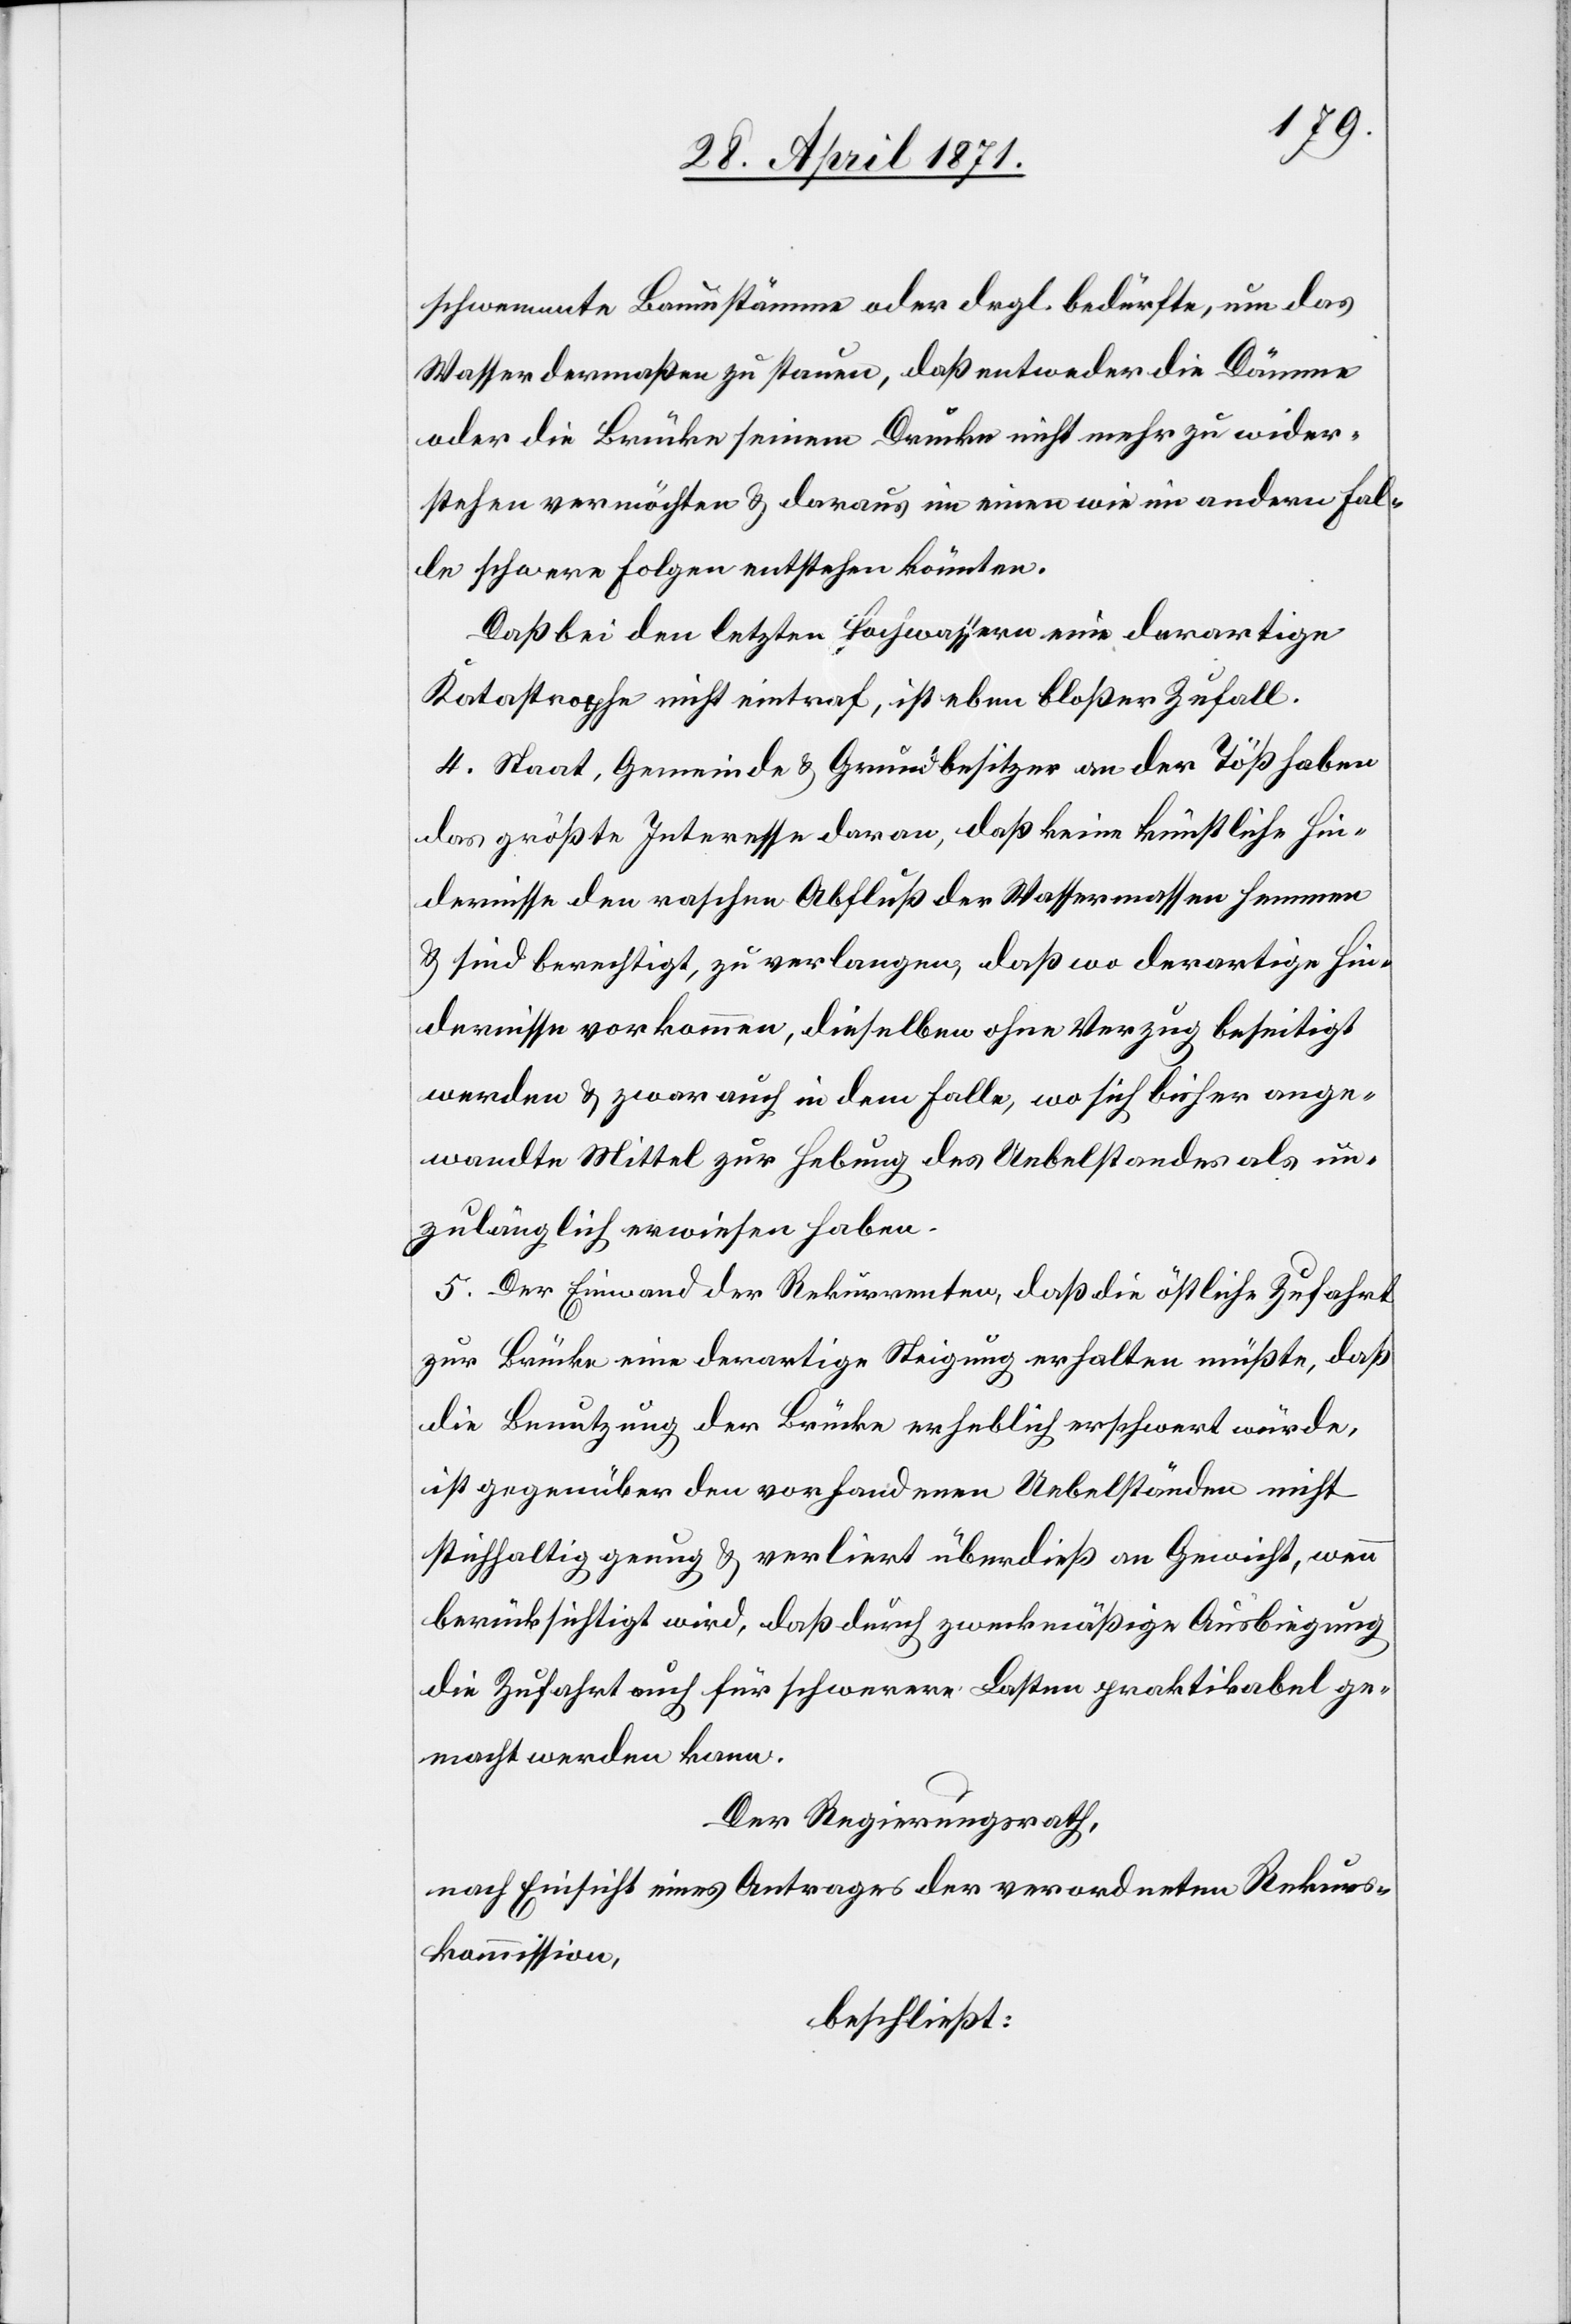
schwemmte Baumstämme oder drgl. bedürfte, um das
Wasser dermaßen zu stauen, daß entweder die Dämme
oder die Brücke seinem Drucke nicht mehr zu wider¬
stehen vermöchten u. daraus im einen wie im andern Fal¬
le schwere Folgen entstehen könnten.
Daß bei den letzten Hochwassern eine derartige
Katastrophe nicht eintraf, ist eben bloßer Zufall.
4. Staat, Gemeinde u. Grundbesitzer an der Töß haben
das größte Interesse daran, daß keine künstliche Hin¬
dernisse den raschen Abfluß der Wassermassen hemmen
u. sind berechtigt, zu verlangen, daß wo derartige Hin¬
dernisse vorkommen, dieselben ohne Verzug beseitigt
werden u. zwar auch in dem Falle, wo sich bisher ange¬
wandte Mittel zur Hebung des Uebelstandes als un¬
zulänglich erwiesen haben.
5. Der Einwand der Rekurrenten, daß die östliche Zufahrt
zur Brücke eine derartige Steigung erhalten müßte, daß
die Benutzung der Brücke erheblich erschwert würde,
ist gegenüber den vorhandenen Uebelständen nicht
stichhaltig genug u. verliert überdieß an Gewicht, wenn
berücksichtig wird, daß durch zweckmäßige Ausbiegung
die Zufahrt auch für schwerere Lasten praktikabel ge¬
macht werden kann.
Der Regierungsrath,
nach Einsicht eines Antrages der verordneten Rekurs¬
kommission,
beschließt: